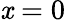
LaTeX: \mathit{x}=0